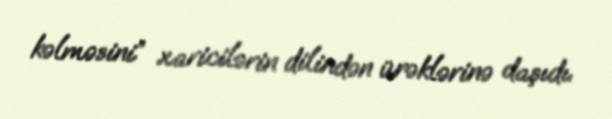
kəlməsini” xaricilərin dilindən ürəklərinə daşıdı.